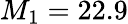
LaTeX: M_{1}=22.9